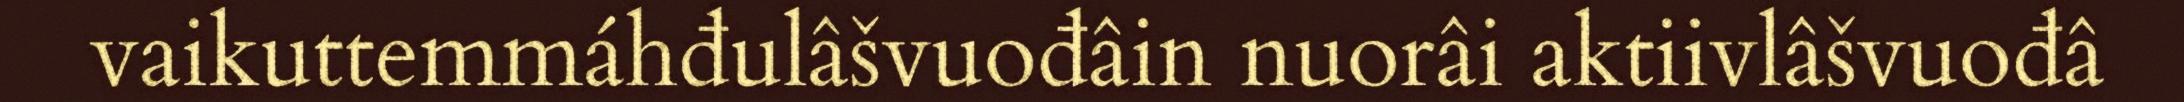
vaikuttemmáhđulâšvuođâin nuorâi aktiivlâšvuođâ